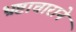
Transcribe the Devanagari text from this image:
भ्रष्टाचाराने